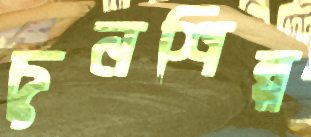
চুনশিল্প